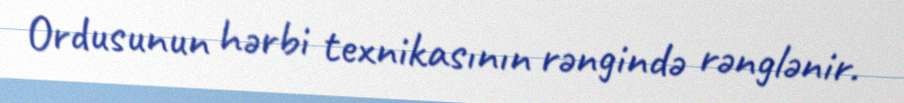
Ordusunun hərbi texnikasının rəngində rənglənir.